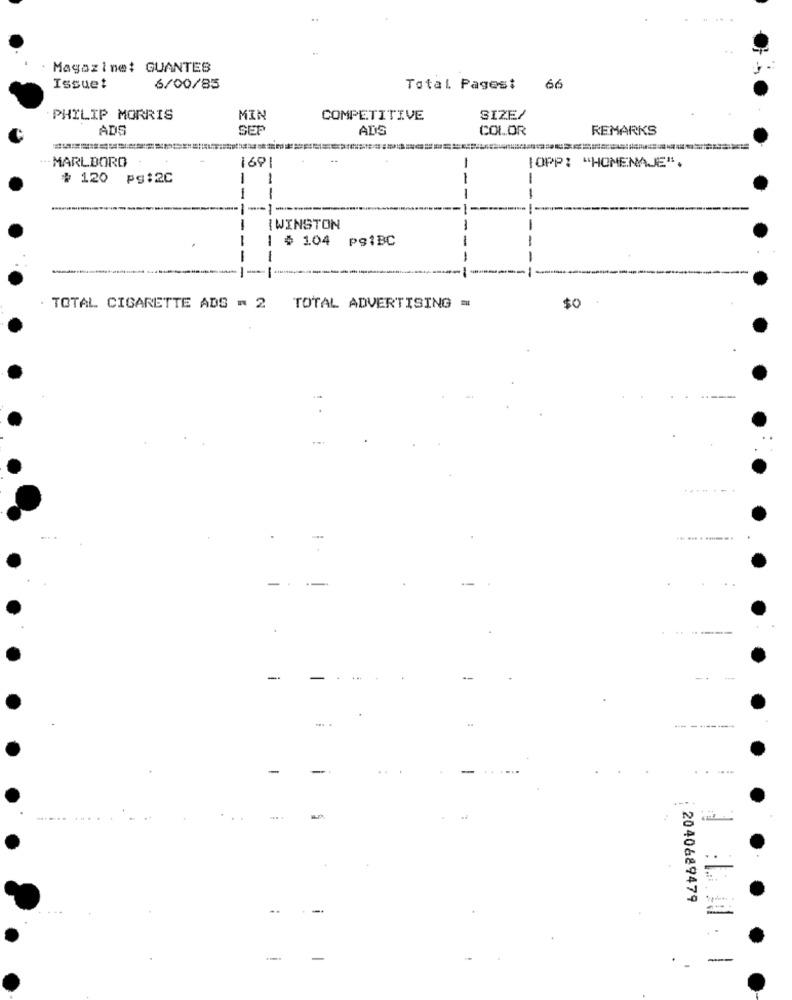
Magazine: GUANTES
Issuet
6/00/85
Total Pages: 66
PHILIP MORRIS
MIN
COMPETITIVE
SIZE/
ADS
ADS
COLOR
REMARKS
MARLBORO
169
[OPP: "HOMENAJE".
# 120
pg:20
1
--
-
---
-
{WINSTON
$ 104
pg1BC
-
-
$0
. TOTAL CIGARETTE ADS = 2 TOTAL ADVERTISING =
.......
-
-
-.
-
2040689479
: